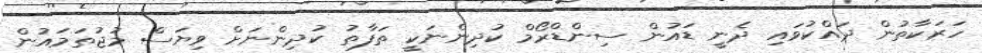
ހަރަކާތުން ދައްކުވައި ދެނީ ޑައުން ސިންޑްރޯމް ކުދިންނަކީ ތަފާތު ކުދިންނަށް ވިޔަސް މުޖުތަމައުން